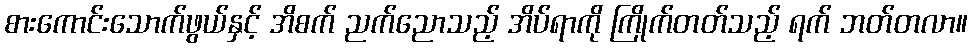
စားကောင်းသောက်ဖွယ်နှင့် အိစက် ညက်ညောသည့် အိပ်ရာကို ကြိုက်တတ်သည့် ရက် ဘတ်တလာ။